Annual report of the Punjab Veterinary College and of the Civil Veterinary Department, Punjab - 1920-1925
Year: 1920
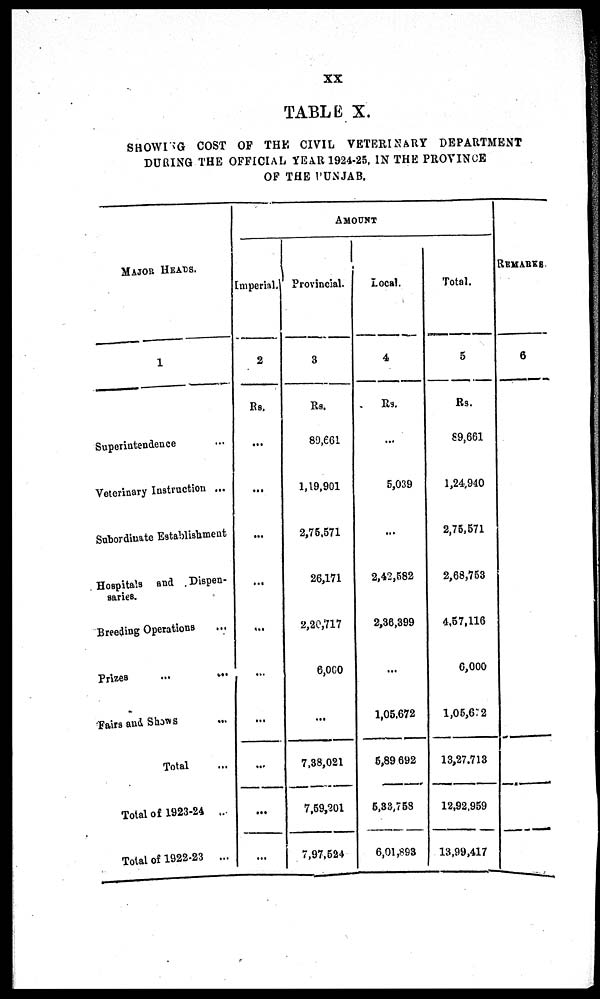
XX
TABLE X.
SHOWING COST OF THE CIVIL VETERINARY DEPARTMENT
DURING THE OFFICIAL YEAR 1924-25, IN THE PROVINCE
OF THE PUNJAB.
MAJOR HEADS.
1
Superintendence
Veterinary Instruction ...
Subordinate Establishment
Hospitals and Dispen-
saries.
Breeding Operations ...
Prizes ... ...
Fairs and Shows ...
Total ...
Total of 1923-24 ...
Total of 1922-23
...
AMOUNT
Imperial.
2
Rs.
...
...
...
...
...
...
...
...
...
...
Provincial.
3
Rs.
89,661
1,19,901
2,75,571
26,171
2,20,717
6,000
...
7,38,021
7,59,201
7,97,524
Local.
4
Rs.
...
5,039
...
2,42,582
2,36,399
...
1,05,672
5,89 692
5,33,758
6,01,893
Total.
5
Rs.
89,661
1,24,940
2,75,571
2,68,753
4,57,116
6,000
1,05,672
13,27,713
12,92,959
13,99,417
REMARKS.
6